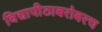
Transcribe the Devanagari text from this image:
विद्यापीठाबरोबरच